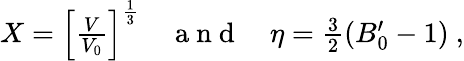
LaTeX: \begin{array}{r}{X=\left[\frac{V}{V_{0}}\right]^{\frac{1}{3}}\quad\mathrm{~a~n~d~}\quad\eta=\frac{3}{2}\left(B_{0}^{\prime}-1\right)~,}\end{array}